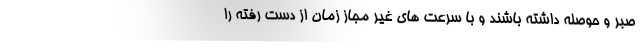
صبر و حوصله داشته باشند و با سرعت های غیر مجاز زمان از دست رفته را